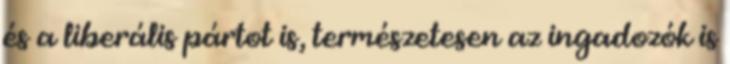
és a liberális pártot is, természetesen az ingadozók is